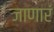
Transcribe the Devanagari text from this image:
जाणारं